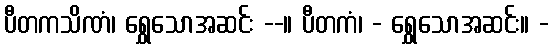
ပီတကသိဏံ၊ ရွှေသောအဆင်း --။ ပီတကံ၊ - ရွှေသောအဆင်း။ -